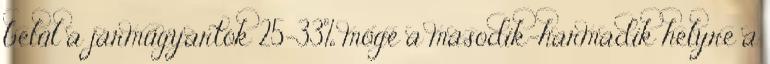
belül a járműgyártók 25-33% mögé a második-harmadik helyre a